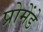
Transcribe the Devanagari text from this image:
प्रोमेंडे